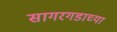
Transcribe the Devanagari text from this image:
सागरगडाच्या